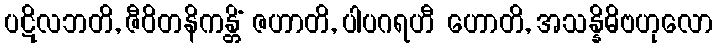
ပဋိလဘတိ, ဇီဝိတနိကန္တိံ ဇဟာတိ, ပါပဂရဟီ ဟောတိ, အသန္နိဓိဗဟုလော